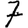
Digit: 7